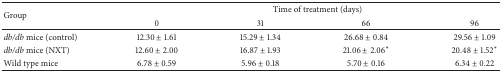
<table><thead><tr><td rowspan="2"><b>Group</b></td><td colspan="4"><b>Time of treatment (days)</b></td></tr><tr><td><b>0</b></td><td><b>31</b></td><td><b>66</b></td><td><b>96</b></td></tr></thead><tbody><tr><td><i>db/db</i> mice (control)</td><td>12.30 ± 1.61</td><td>15.29 ± 1.34</td><td>26.68 ± 0.84</td><td>29.56 ± 1.09</td></tr><tr><td><i>db/db</i> mice (NXT)</td><td>12.60 ± 2.00</td><td>16.87 ± 1.93</td><td>21.06 ± 2.06<sup>*</sup></td><td>20.48 ± 1.52<sup>*</sup></td></tr><tr><td>Wild type mice</td><td>6.78 ± 0.59</td><td>5.96 ± 0.18</td><td>5.70 ± 0.16</td><td>6.34 ± 0.22</td></tr></tbody></table>